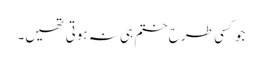
جو کسی طرح ختم ہی نہ ہوتی تھیں۔